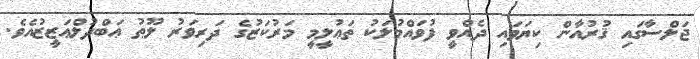
ޖަލްސާގައި ޤުރުއާން ކިޔަވައި ދެއްވީ ފުވައްމުލަކު ތަޢުލީމީ މަރުކަޒުގެ ދަރިވަރު ލޫޠު ޢަބްދުލްޢަޒީޒުއެވެ.